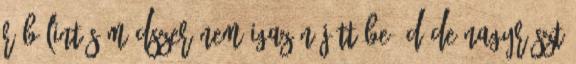
rábólintós módszer nem igazán jött be :D De nagyrészt